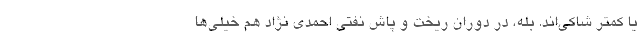
یا کمتر شاکی‌اند. بله، در دوران ریخت و پاش نفتی احمدی نژاد هم خیلی‌ها